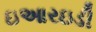
ઇઆરઇડી